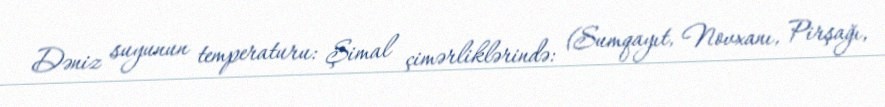
Dəniz suyunun temperaturu: Şimal çimərliklərində: (Sumqayıt, Novxanı, Pirşağı,